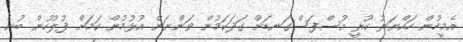
އެމީހުން ހައްޔަރު ކުރީ އުސްފަސްގަނޑަށް ގަދަކަމުން ވަންނަން އުޅުމުން ކަމަށް ފުލުހުން ބުނެ